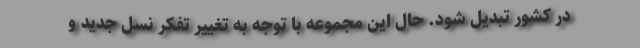
در کشور تبدیل شود. حال این مجموعه با توجه به تغییر تفکر نسل جدید و